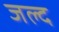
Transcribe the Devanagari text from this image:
जल्द